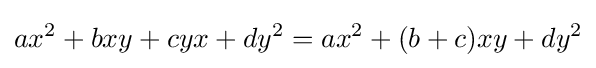
ax^{2}+bxy+cyx+dy^{2}=ax^{2}+(b+c)xy+dy^{2}